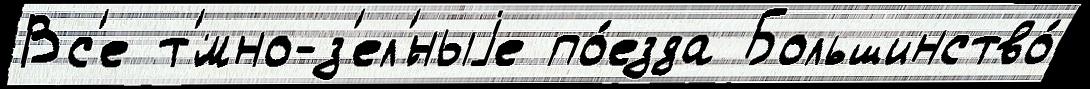
Вс'е т'́мно-з'ел'́ныjе по́езда Большинство́